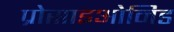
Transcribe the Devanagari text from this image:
प्रोसाइओनिड